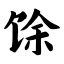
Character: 馀